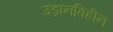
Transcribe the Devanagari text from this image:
उड़ानविहीन